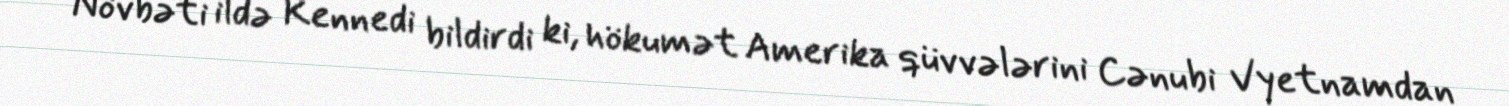
Növbəti ildə Kennedi bildirdi ki, hökumət Amerika qüvvələrini Cənubi Vyetnamdan